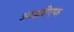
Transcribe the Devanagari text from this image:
आइवीएफ